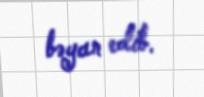
bəyan edib.